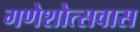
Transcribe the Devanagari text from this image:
गणेशोत्सवास